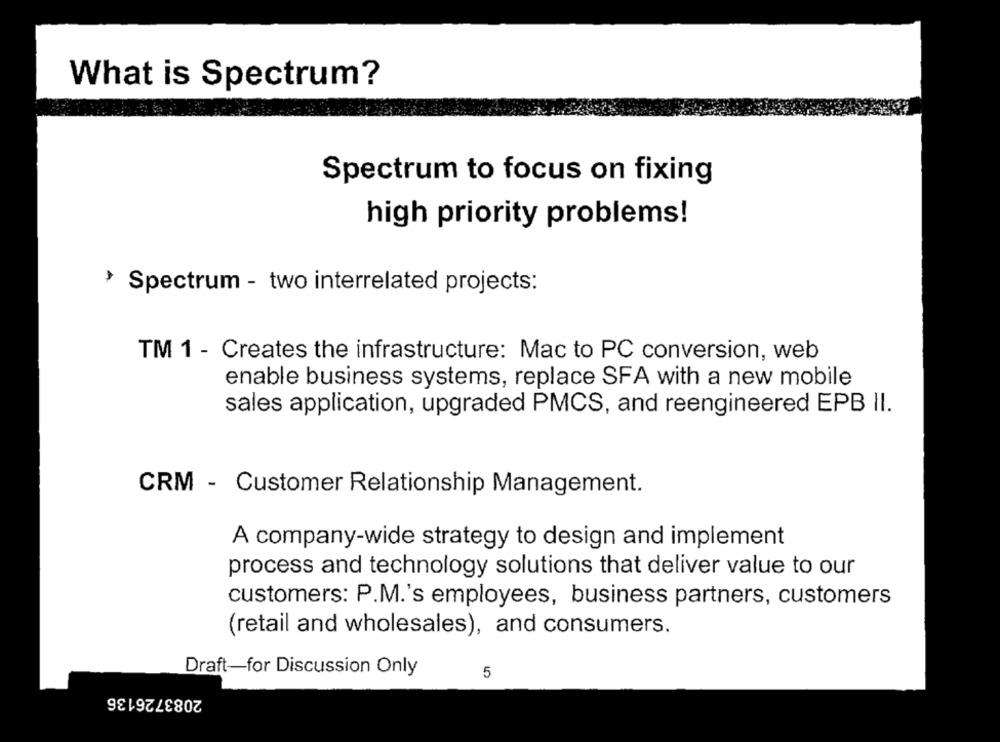
What is Spectrum?
Spectrum to focus on fixing
high priority problems!
> Spectrum - two interrelated projects:
TM 1 - Creates the infrastructure: Mac to PC conversion, web
enable business systems, replace SFA with a new mobile
sales application, upgraded PMCS, and reengineered EPB II.
CRM - Customer Relationship Management.
A company-wide strategy to design and implement
process and technology solutions that deliver value to our
customers: P.M.'s employees, business partners, customers
(retail and wholesales), and consumers.
Draft-for Discussion Only
5
2083726136